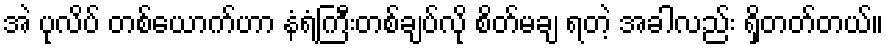
အဲ ပုလိပ် တစ်ယောက်ဟာ နံရံကြီးတစ်ချပ်လို စိတ်မချ ရတဲ့ အခါလည်း ရှိတတ်တယ်။